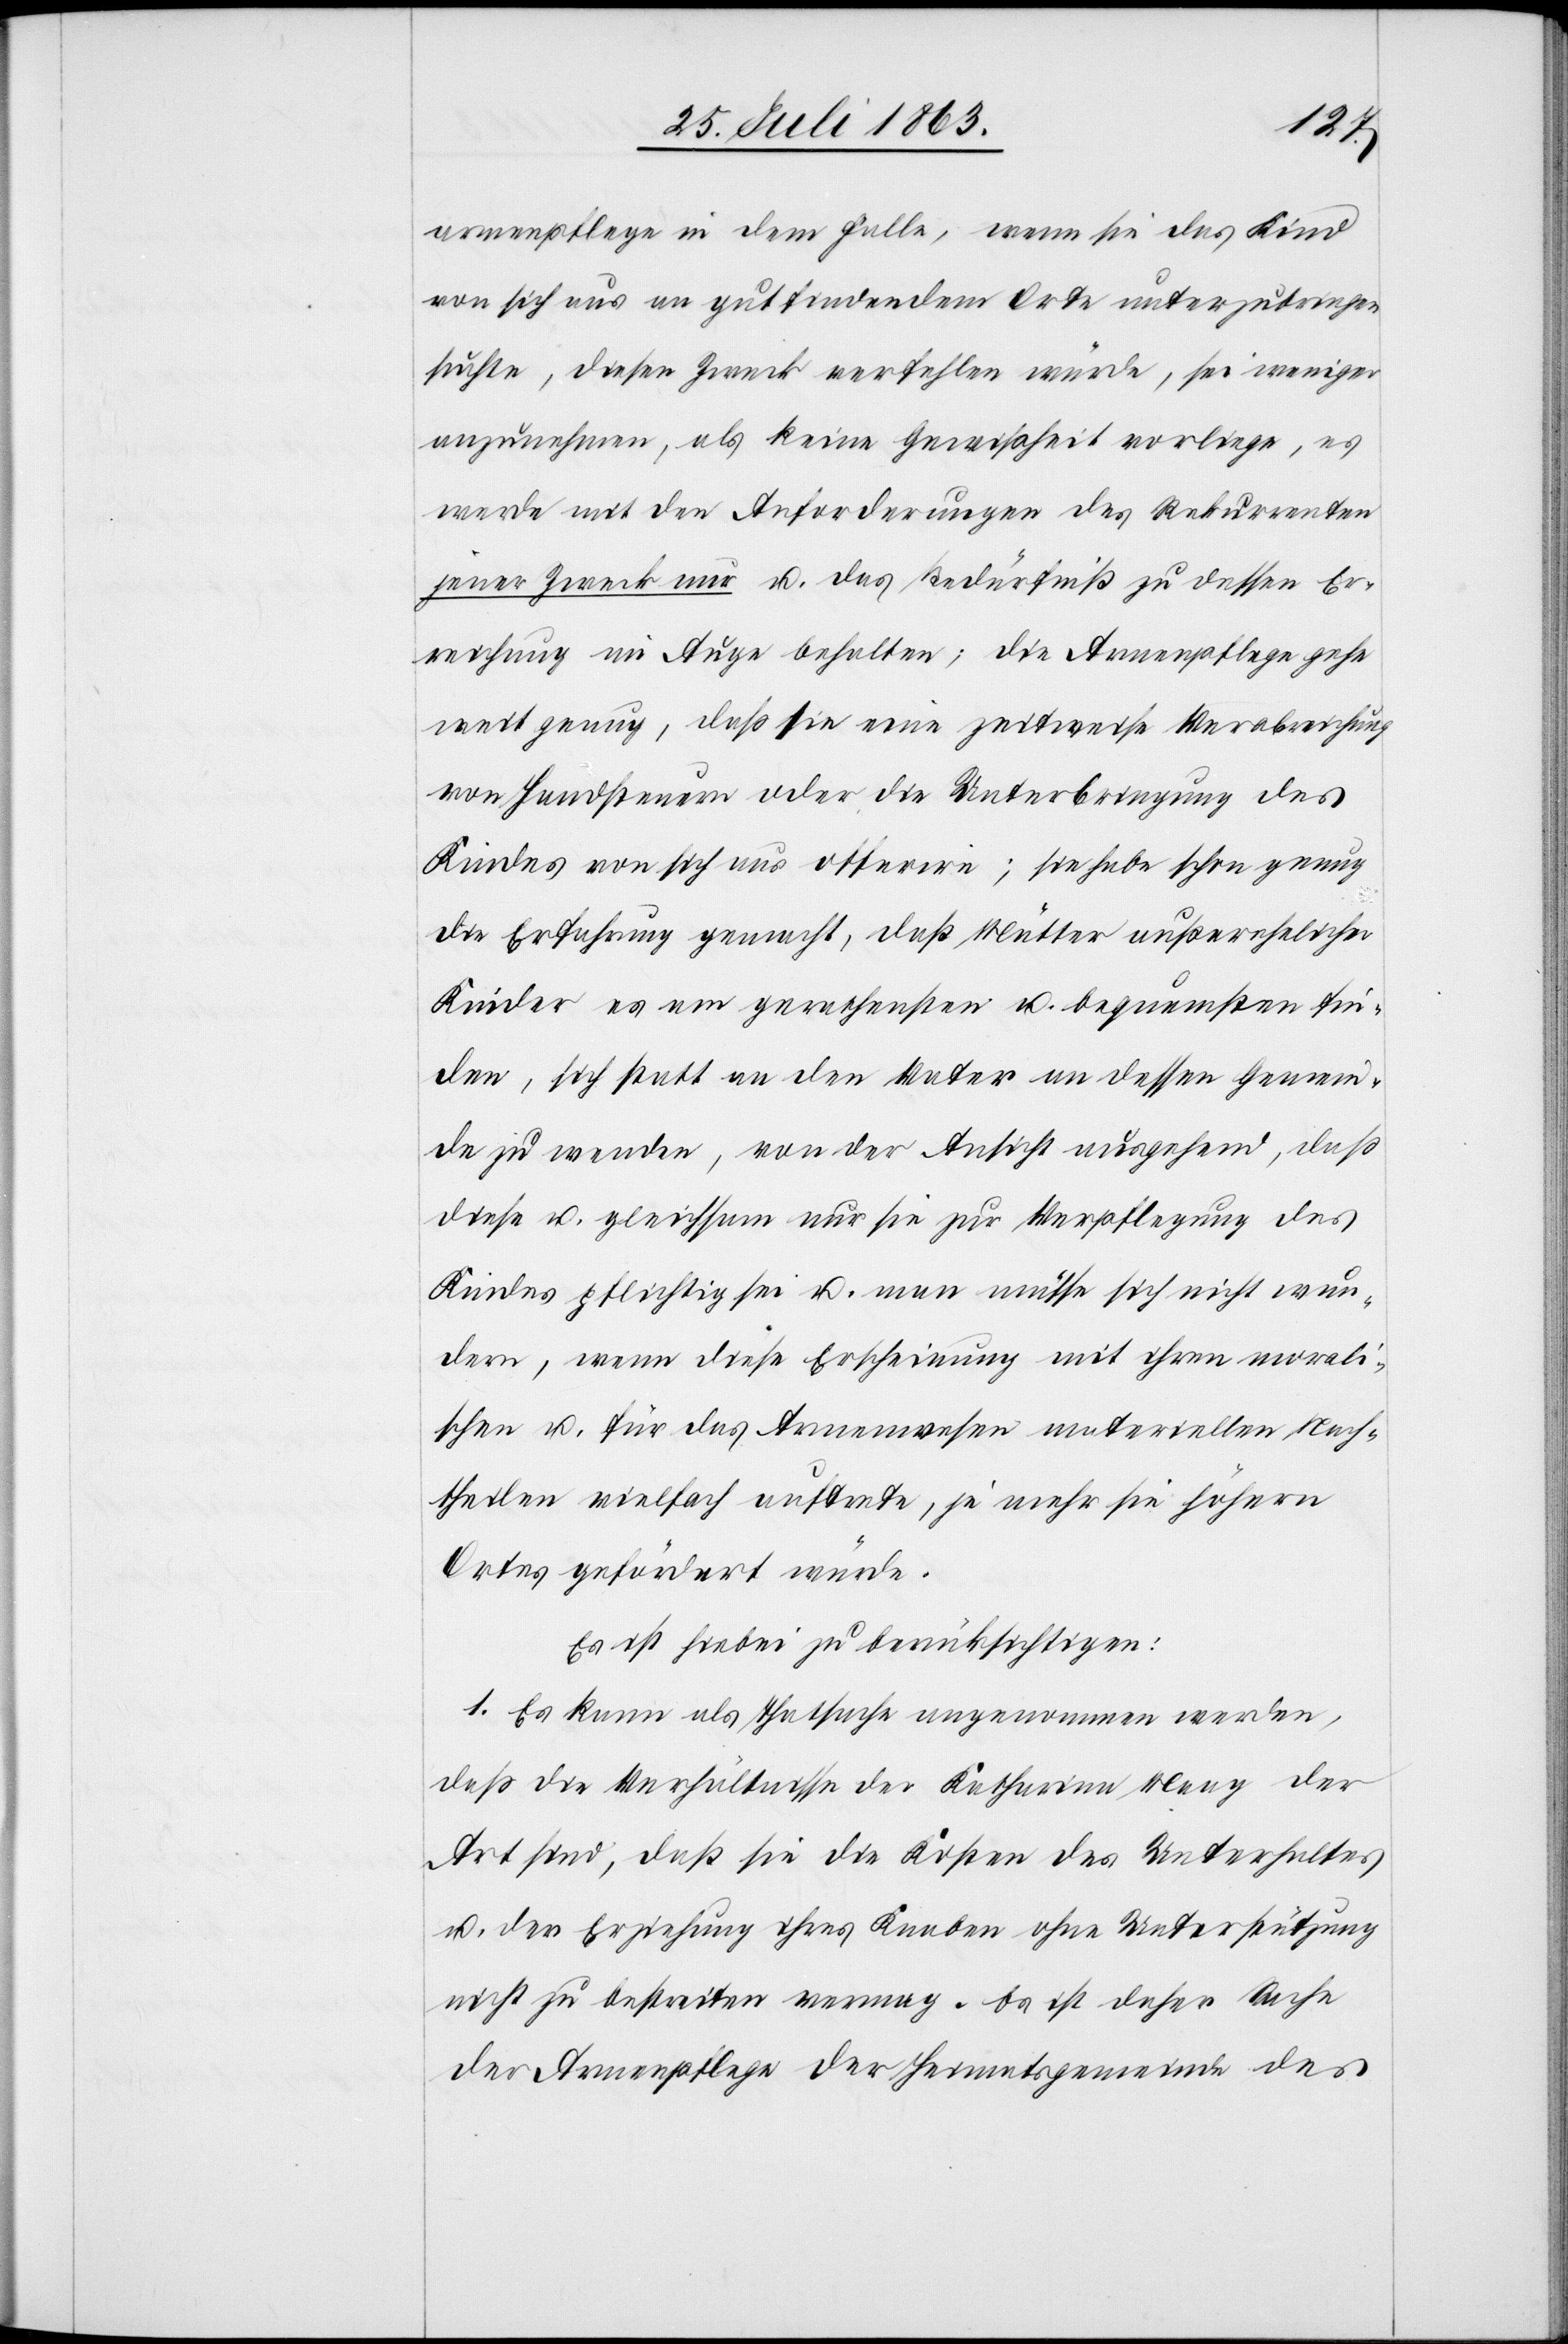
armenpflege in dem Falle, wenn sie das Kind
von sich aus an gutfindendem Orte unterzubringen
suchte, diesen Zweck verfehlen würde, sei weniger
anzunehmen, als keine Gewißheit vorliege, es
werde mit den Anforderungen des Rekurrenten
jener Zweck nur u. das Bedürfniß zu dessen Er¬
reichung im Auge behalten; die Armenpflege gehe
weit genug, das sie eine zeitweise Verabreichung
von Handsteuern oder die Unterbringung des
Kindes von sich aus offerire; sie habe schon genug
die Erfahrung gemacht, daß Mütter außerehelicher
Kinder es am gerathensten u. bequemsten fin¬
den, sich statt an den Vater an dessen Gemein¬
de zu wenden, von der Ansicht ausgehend, daß
diese u. gleichsam nur sie zur Verpflegung des
Kindes pflichtig sei u. man müsse sich nicht wun¬
dern, wenn diese Erscheinung mit ihren morali¬
schen u. für das Armenwesen materiellen Nach¬
theilen vielfach auftrete, je mehr sie höhern
Ortes gefördert würde.
Es ist hiebei zu berücksichtigen:
1. Es kann als Thatsache angenommen werden,
daß die Verhältnisse der Katharina Maag der
Art sind, daß sie die Kosten des Unterhaltes
u. der Erziehung ihres Knaben ohne Unterstützung
nicht zu bestreiten vermag. Es ist daher Sache
der Armenpflege der Heimatsgemeinde des